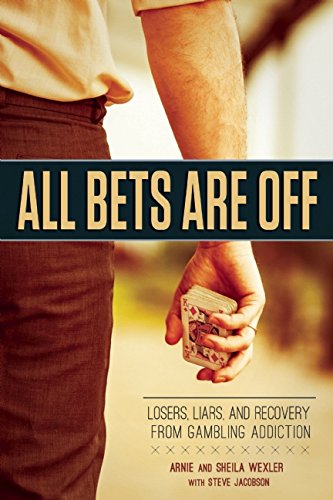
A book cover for All Bets Are Off: Losers, Liars, and Recovery from Gambling Addiction; Arnie Wexler; Humor & Entertainment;